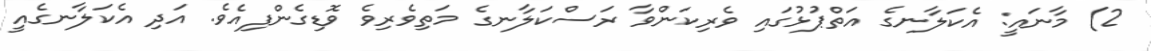
2) މާނައީ: އެކަލާނގެ އަތްޕުޅުގައި ވެރިކަންވާ ރަސްކަލާނގެ މަތިވެރިވެ ވޮޑިގެންފިއެވެ. އަދި އެކަލާނގެއީ